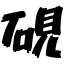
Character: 硯